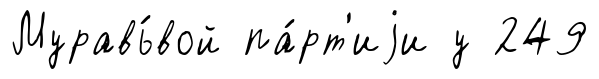
Муравь́вой па́рт'иjи у 249